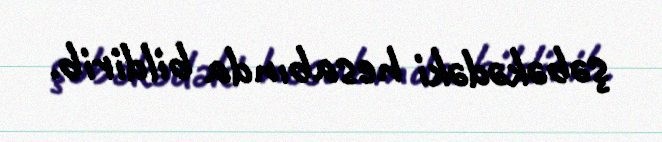
şəbəkədəki hesabında bildirib.